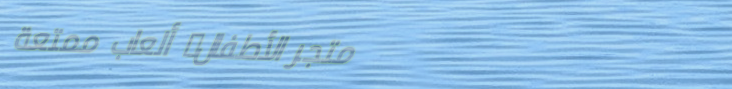
متجر الأطفال: ألعاب ممتعة